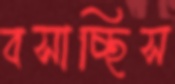
বসাচ্ছিস